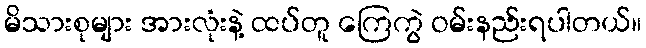
မိသားစုများ အားလုံးနဲ့ ထပ်တူ ကြေကွဲ ဝမ်းနည်းရပါတယ်။